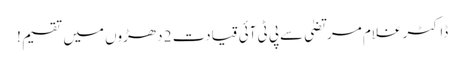
ڈاکٹر غلام مرتضیٰ سےپی ٹی آئی قیادت 2 دھڑوں میں تقسیم !